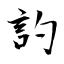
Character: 訋